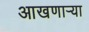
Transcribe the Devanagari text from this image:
आखणार्‍या